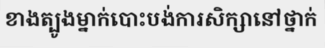
ខាងត្បូងម្នាក់បោះបង់ការសិក្សានៅថ្នាក់